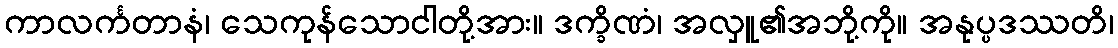
ကာလင်္ကတာနံ၊ သေကုန်သောငါတို့အား။ ဒက္ခိဏံ၊ အလှူ၏အဘို့ကို။ အနုပ္ပဒဿတိ၊